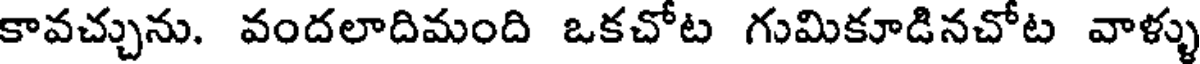
కావచ్చును. వందలాదిమంది ఒకచోట గుమికూడినచోట వాళ్ళు